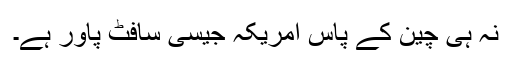
نہ ہی چین کے پاس امریکہ جیسی سافٹ پاور ہے۔